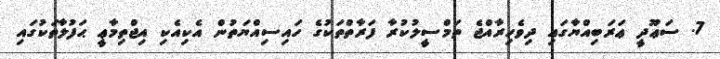
7. ސަޢޫދީ ޢަރަބިއްޔާގައި ދިވެހިރާއްޖެ ތަމްސީލުކުރާ ފަރާތްތަކުގެ ހައިސިއްޔަތުން އެކިއެކި އިޖްތިމާޢީ ޙަފުލާތަކުގައި